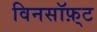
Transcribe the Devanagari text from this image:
विनसॉफ़्ट